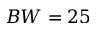
B W = 2 5